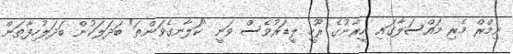
ނިމްރް މެރި މައްސަލާގައި އީރާނުގެ ރޫހީ ލީޑަރުވެސް ވަނީ "ކަލާނގެވަންތަ" ބަދަލަކުން ބަދަލުހިފާތަން